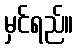
မှင်ရည်။